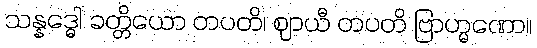
သန္နဒ္ဓေါ ခတ္တိယော တပတိ၊ ဈာယီ တပတိ ဗြာဟ္မဏော။